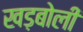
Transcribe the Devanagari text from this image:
खड़बोली